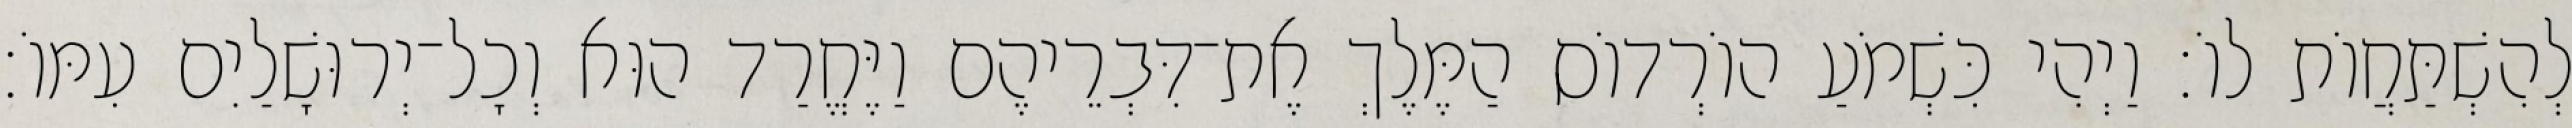
לְהִשְׁתַּחֲוֹת לוֹ׃ וַיְהִי כִּשְׁמֹעַ הוֹרְדוֹס הַמֶּלֶךְ אֶת־דִּבְרֵיהֶם וַיֶּחֱרַד הוּא וְכָל־יְרוּשָׁלַיִם עִמּוֹ׃